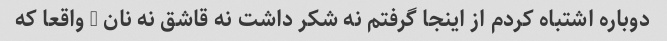
دوباره اشتباه کردم از اینجا گرفتم نه شکر داشت نه قاشق نه نان … واقعا که